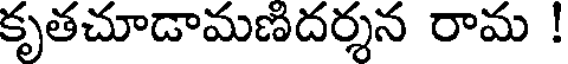
కృతచూడామణిదర్శన రామ !